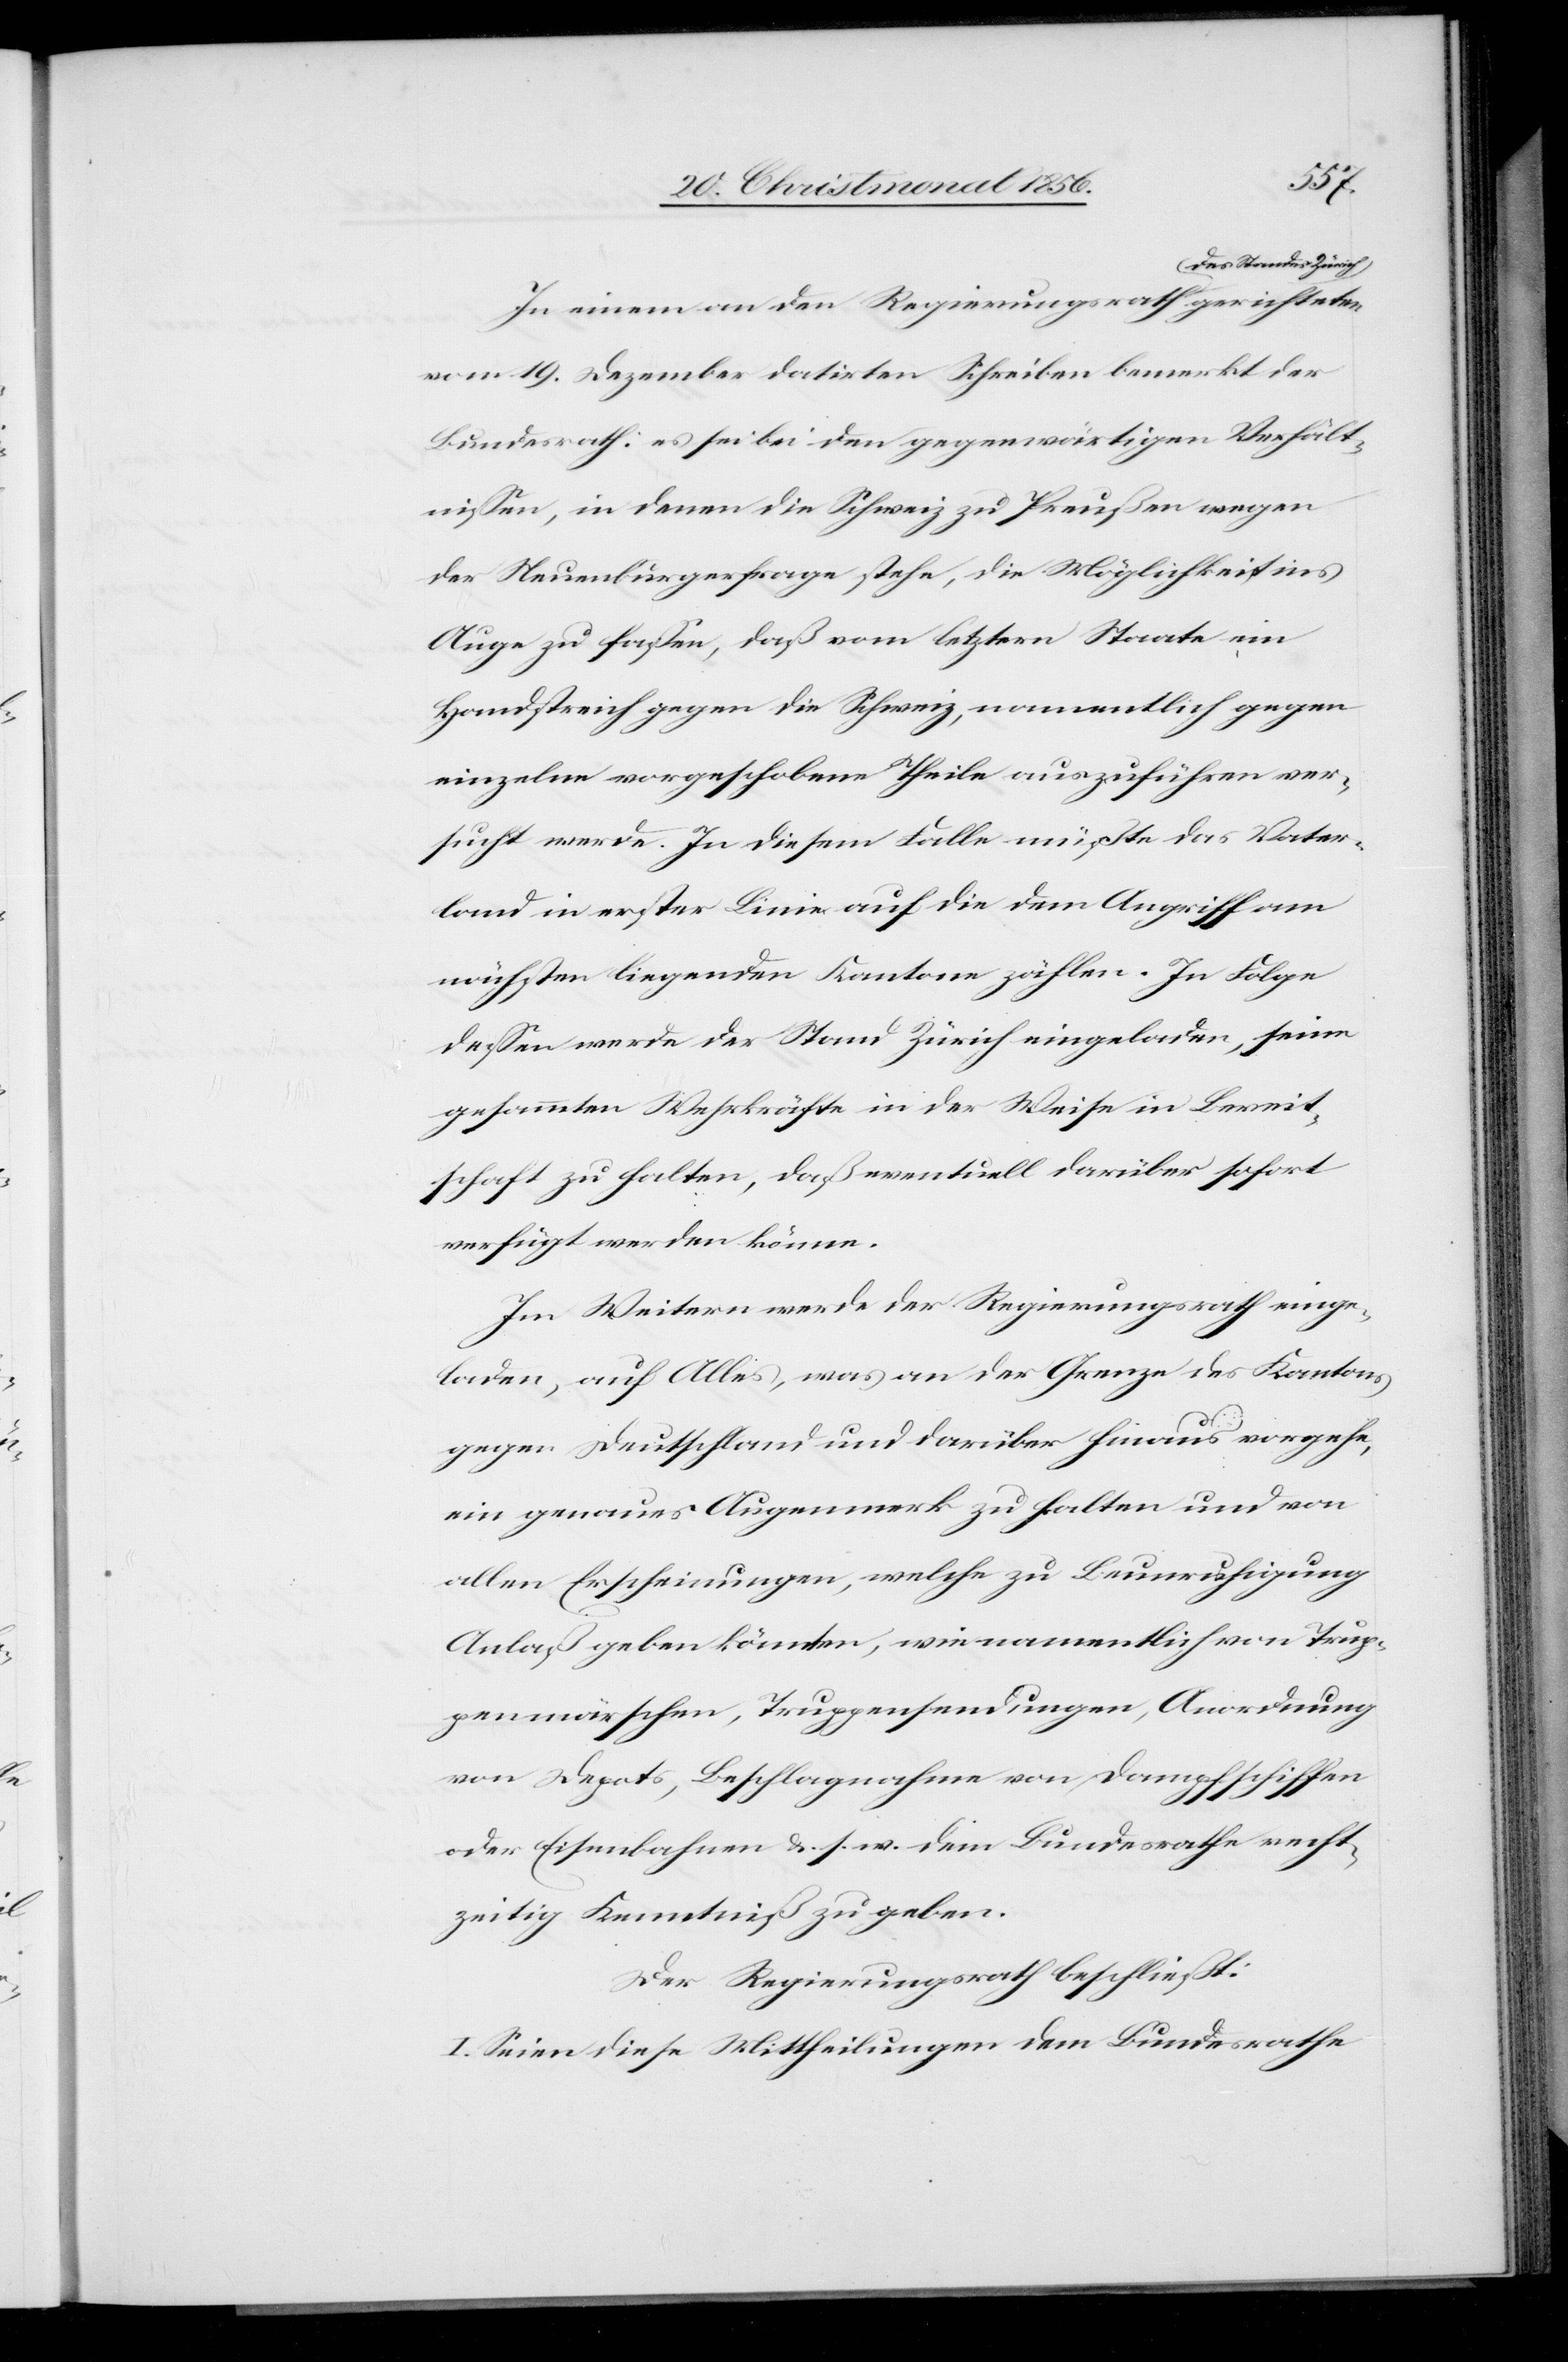
In einem an den Regierungsrath a-des Standes
vom 19. Dezember datirten Schreiben bemerkt der
Bundesrath: es sei bei den gegenwärtigen Verhält¬
nissen, in denen die Schweiz zu Preußen wegen
der Neuenburgerfrage stehe, die Möglichkeit ins
Auge zu fassen, daß vom letztern Staate ein
Handstreich gegen die Schweiz, namentlich gegen
einzelne vorgeschobene Theile auszuführen ver¬
sucht werde. In diesem Falle müßte das Vater¬
land in erster Linie auf die dem Angriff am
nächsten liegenden Kantone zählen. In Folge
dessen werde der Stand Zürich eingeladen, seine
gesammten Wehrkräfte in der Weise in Bereit¬
schaft zu halten, daß eventuell darüber sofort
verfügt werden könne.
Im Weitern werde der Regierungsrath einge¬
laden, auf Alles, was an der Grenze des Kantons
gegen Deutschland und darüber hinaus vorgehe,
ein genaues Augenmerk zu halten und von
allen Erscheinungen, welche zu Beunruhigung
Anlaß geben könnten, wie namentlich von Trup¬
penmärschen, Truppensendungen, Anordnung
von Depots, Beschlagnahme von Dampfschiffen
oder Eisenbahnen &. s. w. dem Bundesrathe recht¬
zeitig Kenntniß zu geben.
Der Regierungsrath beschließt:
I. Seien diese Mittheilungen dem Bundesrathe